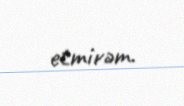
etmirəm.